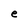
Character: e